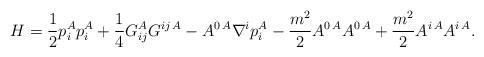
LaTeX: \begin{align*}H=\frac{1}{2}p_i^A p_i^A+\frac{1}{4}G_{ij}^A G^{ij\, A} -A^{0\, A}\nabla^i p_i^A -\frac{m^2}{2}A^{0\, A} A^{0\, A}+\frac{m^2}{2}A^{i\, A} A^{i\, A}.\end{align*}